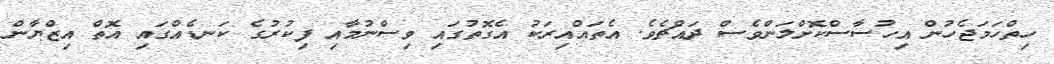
ހިތްހަމަޖެހުން އިހުސާސްކޮށްލަންވެސް ދައްޗެވެ. އެތައްއިރަކު އެގޮތުގައި ވިސްނުމާއި ފިކުރުގެ ކަނޑެއްގައި އޮތް އިޒްޔާން